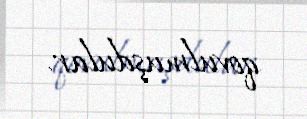
qovulmuşdular.